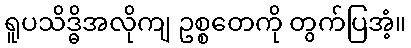
ရူပသိဒ္ဓိအလိုကျ ဥစ္စတေကို တွက်ပြအံ့။